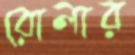
রোলার